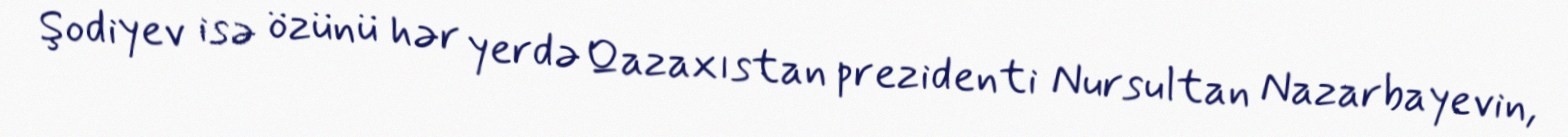
Şodiyev isə özünü hər yerdə Qazaxıstan prezidenti Nursultan Nazarbayevin,